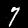
Label: 7